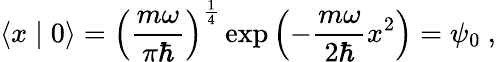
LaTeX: \left\langle x\mid 0\right\rangle=\left({\frac{m\omega}{\pi\hbar}}\right)^{\frac{1}{4}}\exp\left(-{\frac{m\omega}{2\hbar}}x^{2}\right)=\psi_{0}~,